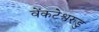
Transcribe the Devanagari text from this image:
वेंकटेश्वरुडु